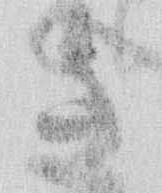
き